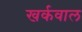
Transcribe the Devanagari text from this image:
खर्कवाल